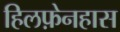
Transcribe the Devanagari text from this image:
हिलफ़ेनहास